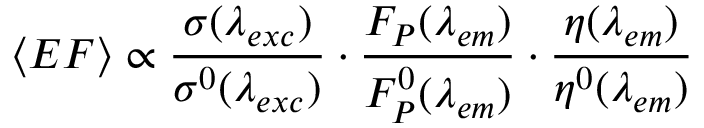
\langle E F \rangle \propto \frac { \sigma ( \lambda _ { e x c } ) } { \sigma ^ { 0 } ( \lambda _ { e x c } ) } \cdot \frac { F _ { P } ( \lambda _ { e m } ) } { F _ { P } ^ { 0 } ( \lambda _ { e m } ) } \cdot \frac { \eta ( \lambda _ { e m } ) } { \eta ^ { 0 } ( \lambda _ { e m } ) }